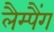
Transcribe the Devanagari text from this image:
लैम्पैंग